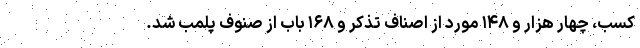
کسب، چهار هزار و ۱۴۸ مورد از اصناف تذکر و ۱۶۸ باب از صنوف پلمب شد.